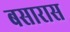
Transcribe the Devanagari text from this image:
बसारास